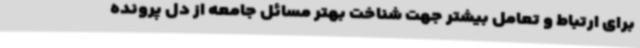
برای ارتباط و تعامل بیشتر جهت شناخت بهتر مسائل جامعه از دل پرونده